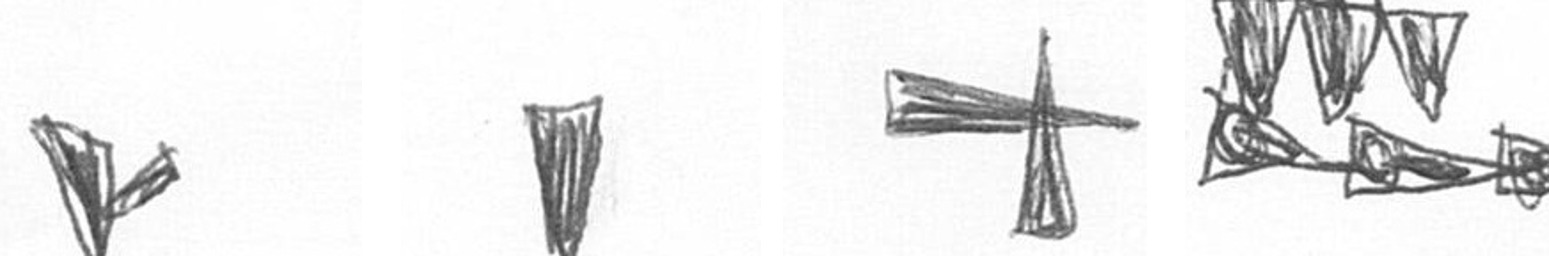
F J G D